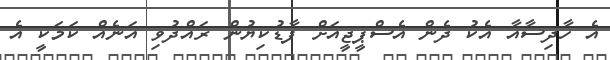
އެ ހާދިސާއާ އެކު ދެން އެސްޕީޖީއަށް ފާޑުކިޔުން ރައްދުވި އަނެއް ކަމަކީ އެ